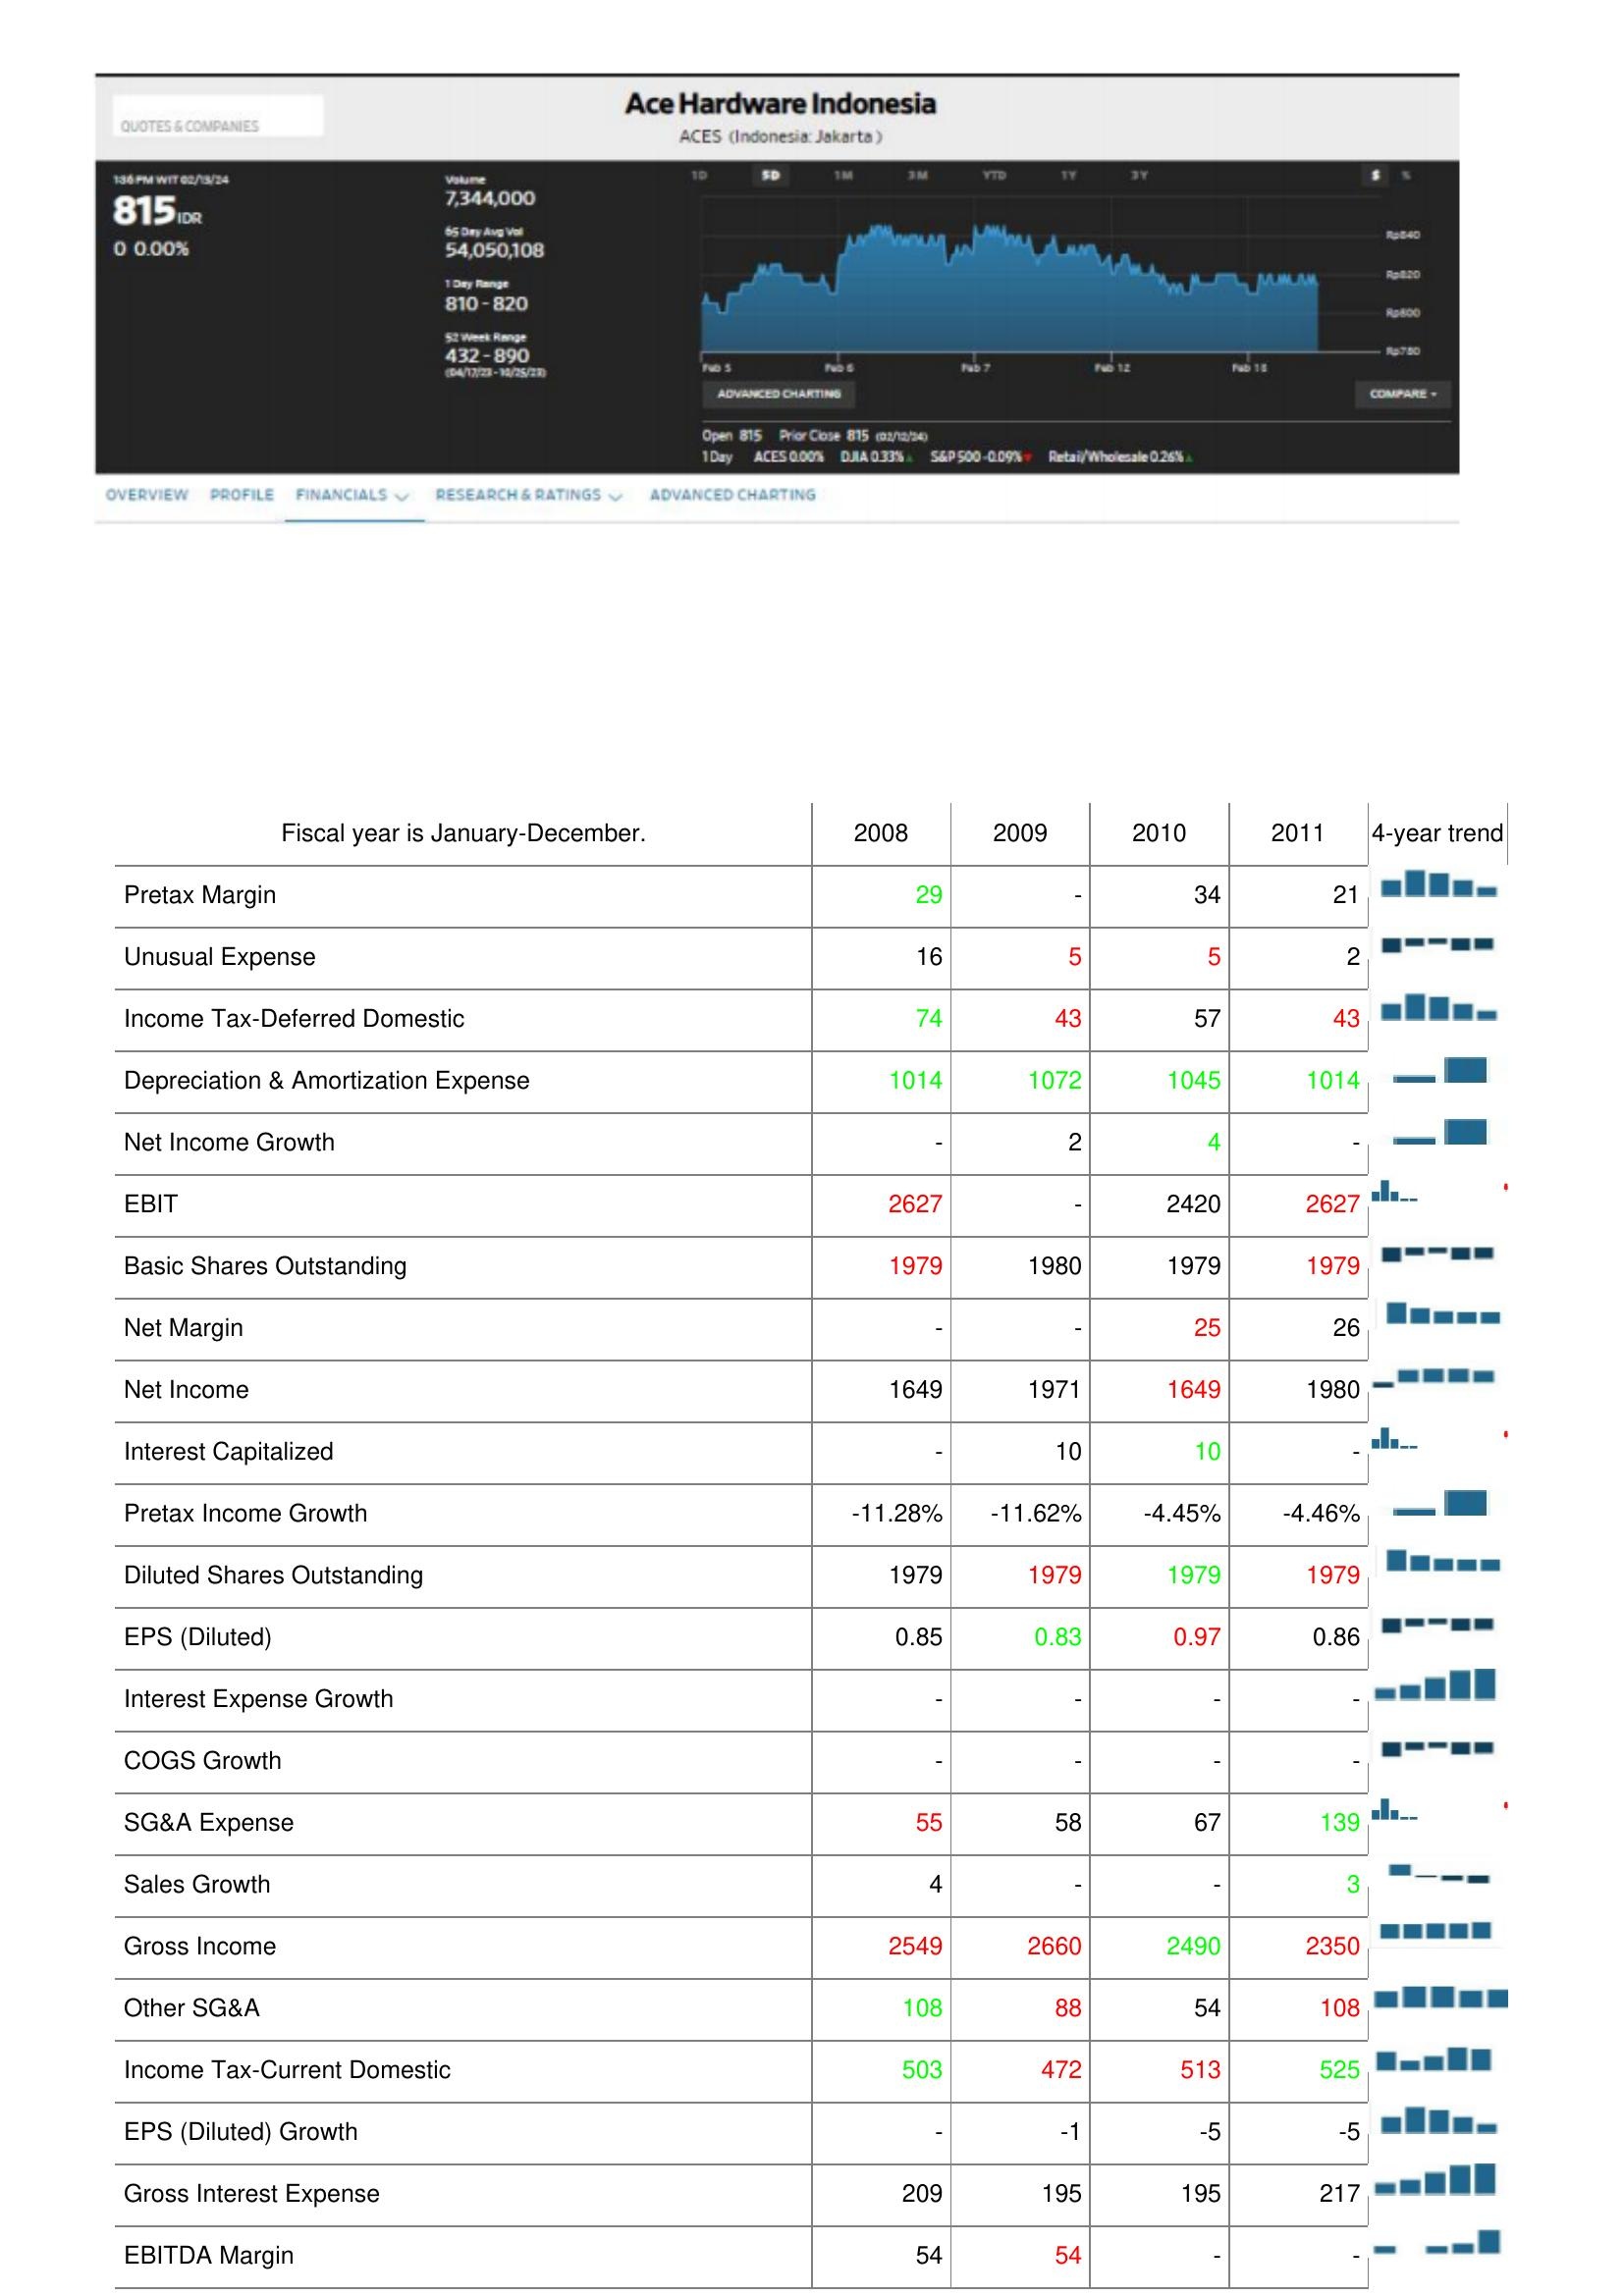
2008: : Pretax Margin: 29
Unusual Expense: 16
Income Tax-Deferred Domestic: 74
Depreciation & Amortization Expense: 1014
Net Income Growth: -
EBIT: 2627
Basic Shares Outstanding: 1979
Net Margin: -
Net Income: 1649
Interest Capitalized: -
Pretax Income Growth: -11.28%
Diluted Shares Outstanding: 1979
EPS (Diluted): 0.85
Interest Expense Growth: -
COGS Growth: -
SG&A Expense: 55
Sales Growth: 4
Gross Income: 2549
Other SG&A: 108
Income Tax-Current Domestic: 503
EPS (Diluted) Growth: -
Gross Interest Expense: 209
EBITDA Margin: 54
2009: : Pretax Margin: -
Unusual Expense: 5
Income Tax-Deferred Domestic: 43
Depreciation & Amortization Expense: 1072
Net Income Growth: 2
EBIT: -
Basic Shares Outstanding: 1980
Net Margin: -
Net Income: 1971
Interest Capitalized: 10
Pretax Income Growth: -11.62%
Diluted Shares Outstanding: 1979
EPS (Diluted): 0.83
Interest Expense Growth: -
COGS Growth: -
SG&A Expense: 58
Sales Growth: -
Gross Income: 2660
Other SG&A: 88
Income Tax-Current Domestic: 472
EPS (Diluted) Growth: -1
Gross Interest Expense: 195
EBITDA Margin: 54
2010: : Pretax Margin: 34
Unusual Expense: 5
Income Tax-Deferred Domestic: 57
Depreciation & Amortization Expense: 1045
Net Income Growth: 4
EBIT: 2420
Basic Shares Outstanding: 1979
Net Margin: 25
Net Income: 1649
Interest Capitalized: 10
Pretax Income Growth: -4.45%
Diluted Shares Outstanding: 1979
EPS (Diluted): 0.97
Interest Expense Growth: -
COGS Growth: -
SG&A Expense: 67
Sales Growth: -
Gross Income: 2490
Other SG&A: 54
Income Tax-Current Domestic: 513
EPS (Diluted) Growth: -5
Gross Interest Expense: 195
EBITDA Margin: -
2011: : Pretax Margin: 21
Unusual Expense: 2
Income Tax-Deferred Domestic: 43
Depreciation & Amortization Expense: 1014
Net Income Growth: -
EBIT: 2627
Basic Shares Outstanding: 1979
Net Margin: 26
Net Income: 1980
Interest Capitalized: -
Pretax Income Growth: -4.46%
Diluted Shares Outstanding: 1979
EPS (Diluted): 0.86
Interest Expense Growth: -
COGS Growth: -
SG&A Expense: 139
Sales Growth: 3
Gross Income: 2350
Other SG&A: 108
Income Tax-Current Domestic: 525
EPS (Diluted) Growth: -5
Gross Interest Expense: 217
EBITDA Margin: -